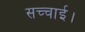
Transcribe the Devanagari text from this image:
सच्चाई।